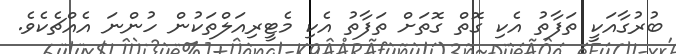
ބުރުގާއަކީ ތަފާތު އެކި ގޮތް ގޮތަށް ތަފާތު އެކި މެޓީރިއަލްތަކުން ހުންނަ އެއްޗެކެވެ.